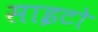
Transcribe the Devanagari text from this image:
साइटो